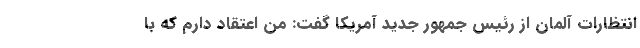
انتظارات آلمان از رئیس جمهور جدید آمریکا گفت: من اعتقاد دارم که با